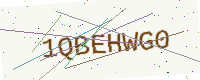
Text: 1QBEHWG0